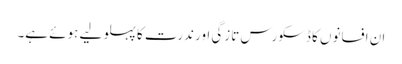
ان افسانوں کا ڈسکورس تازگی اور ندرت کا پہلو لیے ہوئے ہے۔